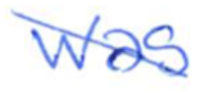
Text: was
Cross-out: diagonal
Writing tool: ballpoint